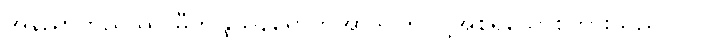
အနညာတညဿာမီတိန္ဒြိယနိရောတိအာဒိ၊ ဤသို့အစရှိသောစကားသည်။ ဝါ၊